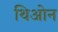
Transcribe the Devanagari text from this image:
थिओन